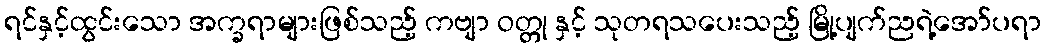
ရင်နှင့်ထွင်းသော အက္ခရာများဖြစ်သည့် ကဗျာ ဝတ္တု နှင့် သုတရသပေးသည့် မြို့ပျက်ညရဲ့အော်ပရာ